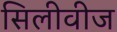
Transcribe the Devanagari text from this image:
सिलीवीज